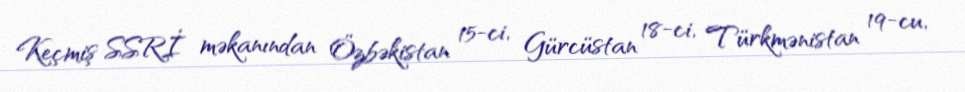
Keçmiş SSRİ məkanından Özbəkistan 15-ci, Gürcüstan 18-ci, Türkmənistan 19-cu,